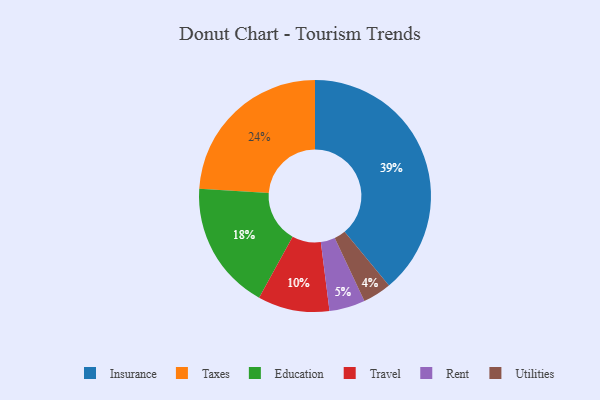
{"axis": {"x": "Category", "y": "Percentage"}, "legend": ["Education", "Insurance", "Rent", "Taxes", "Travel", "Utilities"], "data": [{"x": "Taxes", "y": 24, "type": "Taxes"}, {"x": "Travel", "y": 10, "type": "Travel"}, {"x": "Education", "y": 18, "type": "Education"}, {"x": "Rent", "y": 5, "type": "Rent"}, {"x": "Insurance", "y": 39, "type": "Insurance"}, {"x": "Utilities", "y": 4, "type": "Utilities"}]}